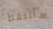
سألتقط